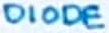
Text: DIODE